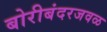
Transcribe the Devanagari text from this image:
बोरीबंदरजवळ